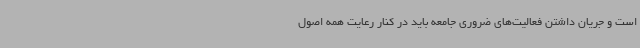
است و جریان داشتن فعالیت‌های ضروری جامعه باید در کنار رعایت همه اصول